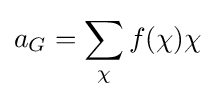
a_{G}=\sum _{\chi }f(\chi )\chi